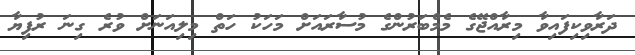
ދަރާވިކިފައިވާ މިރާއްޖޭގެ މެމްބަރުންގެ މުސާރައަށް މަހަކު ހަތް މިލިއަނަށް ވުރެ ގިނަ ރުފިޔާ